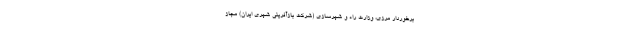
برخوردار مرزی، وزارت راه و شهرسازی (شرکت بازآفرینی شهری ایران) مجاز